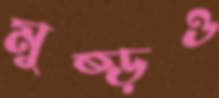
মুষ্‌ড়ও